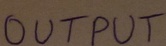
Text: OUTPUT